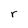
Character: r